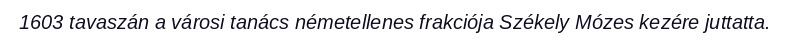
1603 tavaszán a városi tanács németellenes frakciója Székely Mózes kezére juttatta.